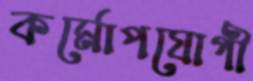
কর্মোপযোগী